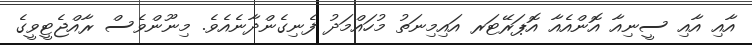
އާއި އާއި ސީނިއާ އޮންއެއާ އޮޕަރޭޓަރ އައިމިނަތު މުހައްމަދު ފެނިގެންދާނެއެވެ. މިނޫންވެސް ރާއްޖެޓީވީގެ